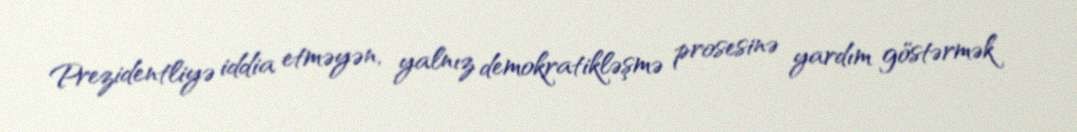
Prezidentliyə iddia etməyən, yalnız demokratikləşmə prosesinə yardım göstərmək